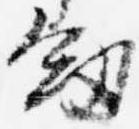
剣